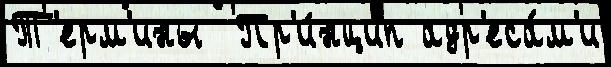
Т'ерм'ины  Пр'и́нцип адр'еса́м'и